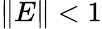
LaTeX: \| E\| <1